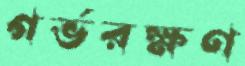
গর্ভরক্ষণ